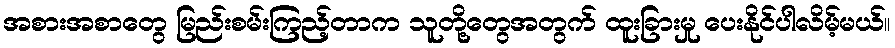
အစားအစာတွေ မြည်းစမ်းကြည့်တာက သူတို့တွေအတွက် ထူးခြားမှု ပေးနိုင်ပါလိမ့်မယ်။